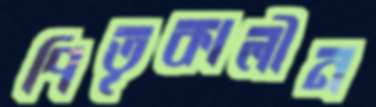
পিতৃকালীন